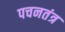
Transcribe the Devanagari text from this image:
पचनतंत्र